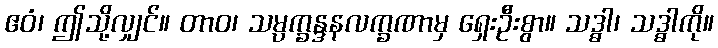
ဧဝံ၊ ဤသို့လျှင်။ တာဝ၊ သမ္ပက္ခန္ဒနလက္ခဏာမှ ရှေးဦးစွာ။ သဒ္ဓါ၊ သဒ္ဓါကို။